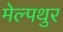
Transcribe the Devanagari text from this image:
मेल्पथुर